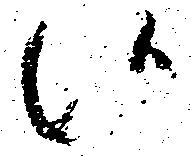
候